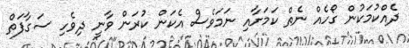
ދެއްކުމަކުން ގޯހެއް ނެތް ކަމަށާއި ނަމަވެސް އެކަން ކުރަން ވާނީ ދިވެހި ސަގާފަތް